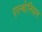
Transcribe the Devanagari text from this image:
एल्थेनियम